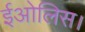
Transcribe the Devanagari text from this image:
ईओलिस।